Applicability to medico-legal practice in India of the biochemical tests for the origin of blood-stains - Number 39
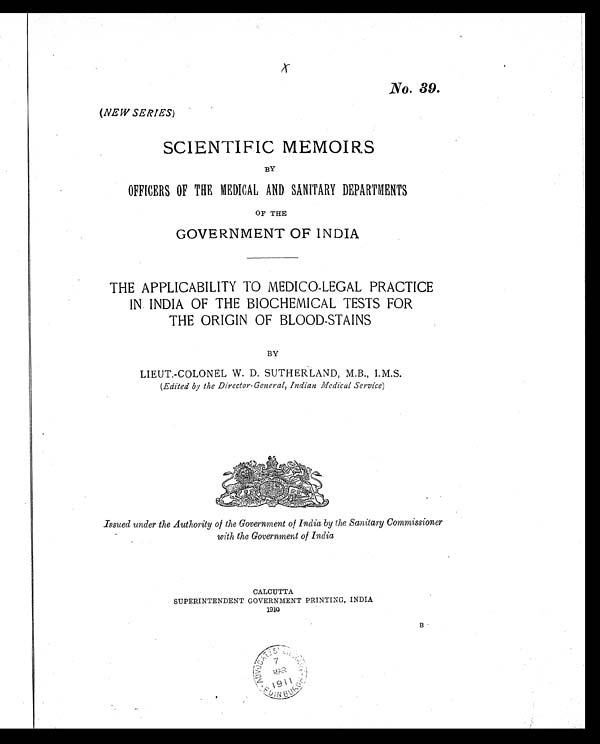
No. 39.
(NEW SERIES)
SCIENTIFIC MEMOIRS
BY
OFFICERS OF THE MEDICAL AND SANITARY DEPARTMENTS
OF THE
GOVERNMENT OF INDIA
THE APPLICABILITY TO MEDICO-LEGAL PRACTICE
IN INDIA OF THE BIOCHEMICAL TESTS FOR
THE ORIGIN OF BLOOD-STAINS
BY
LIEUT.-COLONEL W. D. SUTHERLAND, M.B., I.M.S.
( Edited by the Director-General, Indian Medical Service )
Issued under the Authority of the Government of India by the Sanitary Commissioner
with the Government of India
CALCUTTA
SUPERINTENDENT GOVERNMENT PRINTING, INDIA
1910
B